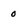
Character: o